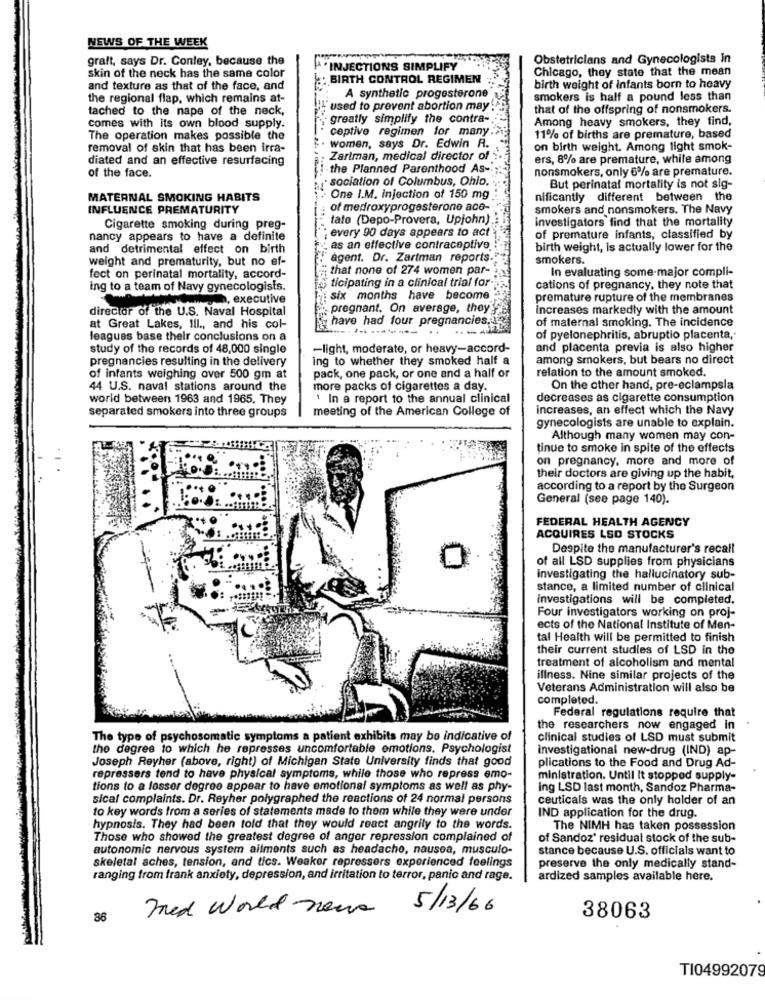
NEWS OF THE WEEK
graft, says Dr. Conley, because the
Obstetricians and Gynecologists in
INJECTIONS SIMPLIFY
Chicago, they state that the mean
skin of the neck has the same color
: BIRTH CONTROL REGIMEN
and texture as that of the face, and
birth weight of infants born to heavy
the regional flap, which remains at-
A synthetic progesterone
smokers is half a pound less than
tached to the nape of the neck,
used to prevent abortion may"
that of the offspring of nonsmokers.
greatly simplify the contra-
Among heavy smokers, they find,
comes with its own blood supply.
ceptive regimen for many .;
The operation makes possible the
11% of births are premature, based
removal of skin that has been irra-
women, says Dr. Edwin A.
on birth weight. Among light smok-
diated and an effective resurfacing
Zartman, medical director of
ers, 8% are premature, while among
-the Planned Parenthood As-
nonsmokers, only 6% are premature.
of the face.
sociation of Columbus, Ohio.
But perinatal mortality is not sig-
MATERNAL SMOKING HABITS
One I.M. injection of 150 mg
nificantly different between the
INFLUENCE PREMATURITY
of medroxyprogesterone ace-
smokers and nonsmokers. The Navy
------
tato (Depo-Provera, Upjohn)
investigators find that the mortality
Cigarette smoking during preg-
: every 90 days appears to act
nancy appears to have a definite
of premature infants, classified by
and detrimental effect on birth
as an effective contraceptive. :
birth weight, is actually lower for the
weight and prematurity, but no ef-
agent. Dr. Zartman reports.
smokers.
; that none of 274 women par-
In evaluating some-major compli-
fect on perinatal mortality, accord-
ticipating in a clinical trial for-
ing to a team of Navy gynecologists.
cations of pregnancy, they note that
h, executive
six months have become
premature rupture of the membranes
pregnant. On average, they'
increases markedly with the amount
director of the U.S. Naval Hospital
have had four pregnancies
of maternal smoking. The incidence
at Great Lakes, Ill ., and his col-
..
leagues base their conclusions on a
of pyelonephritis, abruptio placenta,
study of the records of 48,000 single
-light, moderate, or heavy-accord-
and placenta previa is also higher
pregnancies resulting in the delivery
ing to whether they smoked half a
among smokers, but bears no direct
relation to the amount smoked.
of infants weighing over 500 gm at
pack, one pack, or one and a half or
44 U.S. naval stations around the
more packs of cigarettes a day.
On the other hand, pre-eclampsia
world between 1963 and 1965, They
: In a report to the annual clinical
decreases as cigarette consumption
separated smokers into three groups
meeting of the American College of
increases, an effect which the Navy
gynecologists are unable to explain.
Although many women may con-
tinue to smoke in spite of the effects
on pregnancy, more and more of
their doctors are giving up the habit,
according to a report by the Surgeon
General (see page 140).
FEDERAL HEALTH AGENCY
ACQUIRES LSD STOCKS
Despite the manufacturer's recall
of all LSD supplies from physicians
investigating the hallucinatory sub-
stance, a limited number of clinical
investigations will be completed.
Four investigators working on proj-
ects of the National Institute of Men-
tal Health will be permitted to finish
their current studies of LSD in the
treatment of alcoholism and mental
illness. Nine similar projects of the
Veterans Administration will also be
completed.
Federal regulations require that
the researchers now engaged in
The type of psychosomatic symptoms a patient exhibits may bo indicative of
clinical studies of LSD must submit
the degree to which he represses uncomfortable emotions. Psychologist
investigational new-drug (IND) ap-
Joseph Reyher (above, right) of Michigan State University finds that good
plications to the Food and Drug Ad-
repressers tend to have physical symptoms, while those who repress emo-
ministration. Until it stopped supply-
tions to a lesser degree appear to have emotional symptoms as well as phy-
ing LSD last month, Sandoz Pharma-
sical complaints. Dr. Reyher polygraphed the reactions of 24 normal persons
ceuticals was the only holder of an
to key words from a series of statements made to thom while they were under
IND application for the drug.
hypnosis. They had been told that they would react angrily to the words.
The NIMH has taken possession
Those who showed the greatest degree of anger repression complained of
of Sandoz' residual stock of the sub-
autonomic nervous system ailments such as headache, nausea, musculo-
stance because U.S. officials want to
skeletal aches, tension, and tics. Weaker repressers experienced feelings
preserve the only medically stand-
ranging from frank anxiety, depression, and irritation to terror, panic and rage.
ardized samples available here.
med World news
5/13/66
86
38063
TI04992079